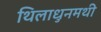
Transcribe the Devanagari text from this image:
थिलाधुनमथी